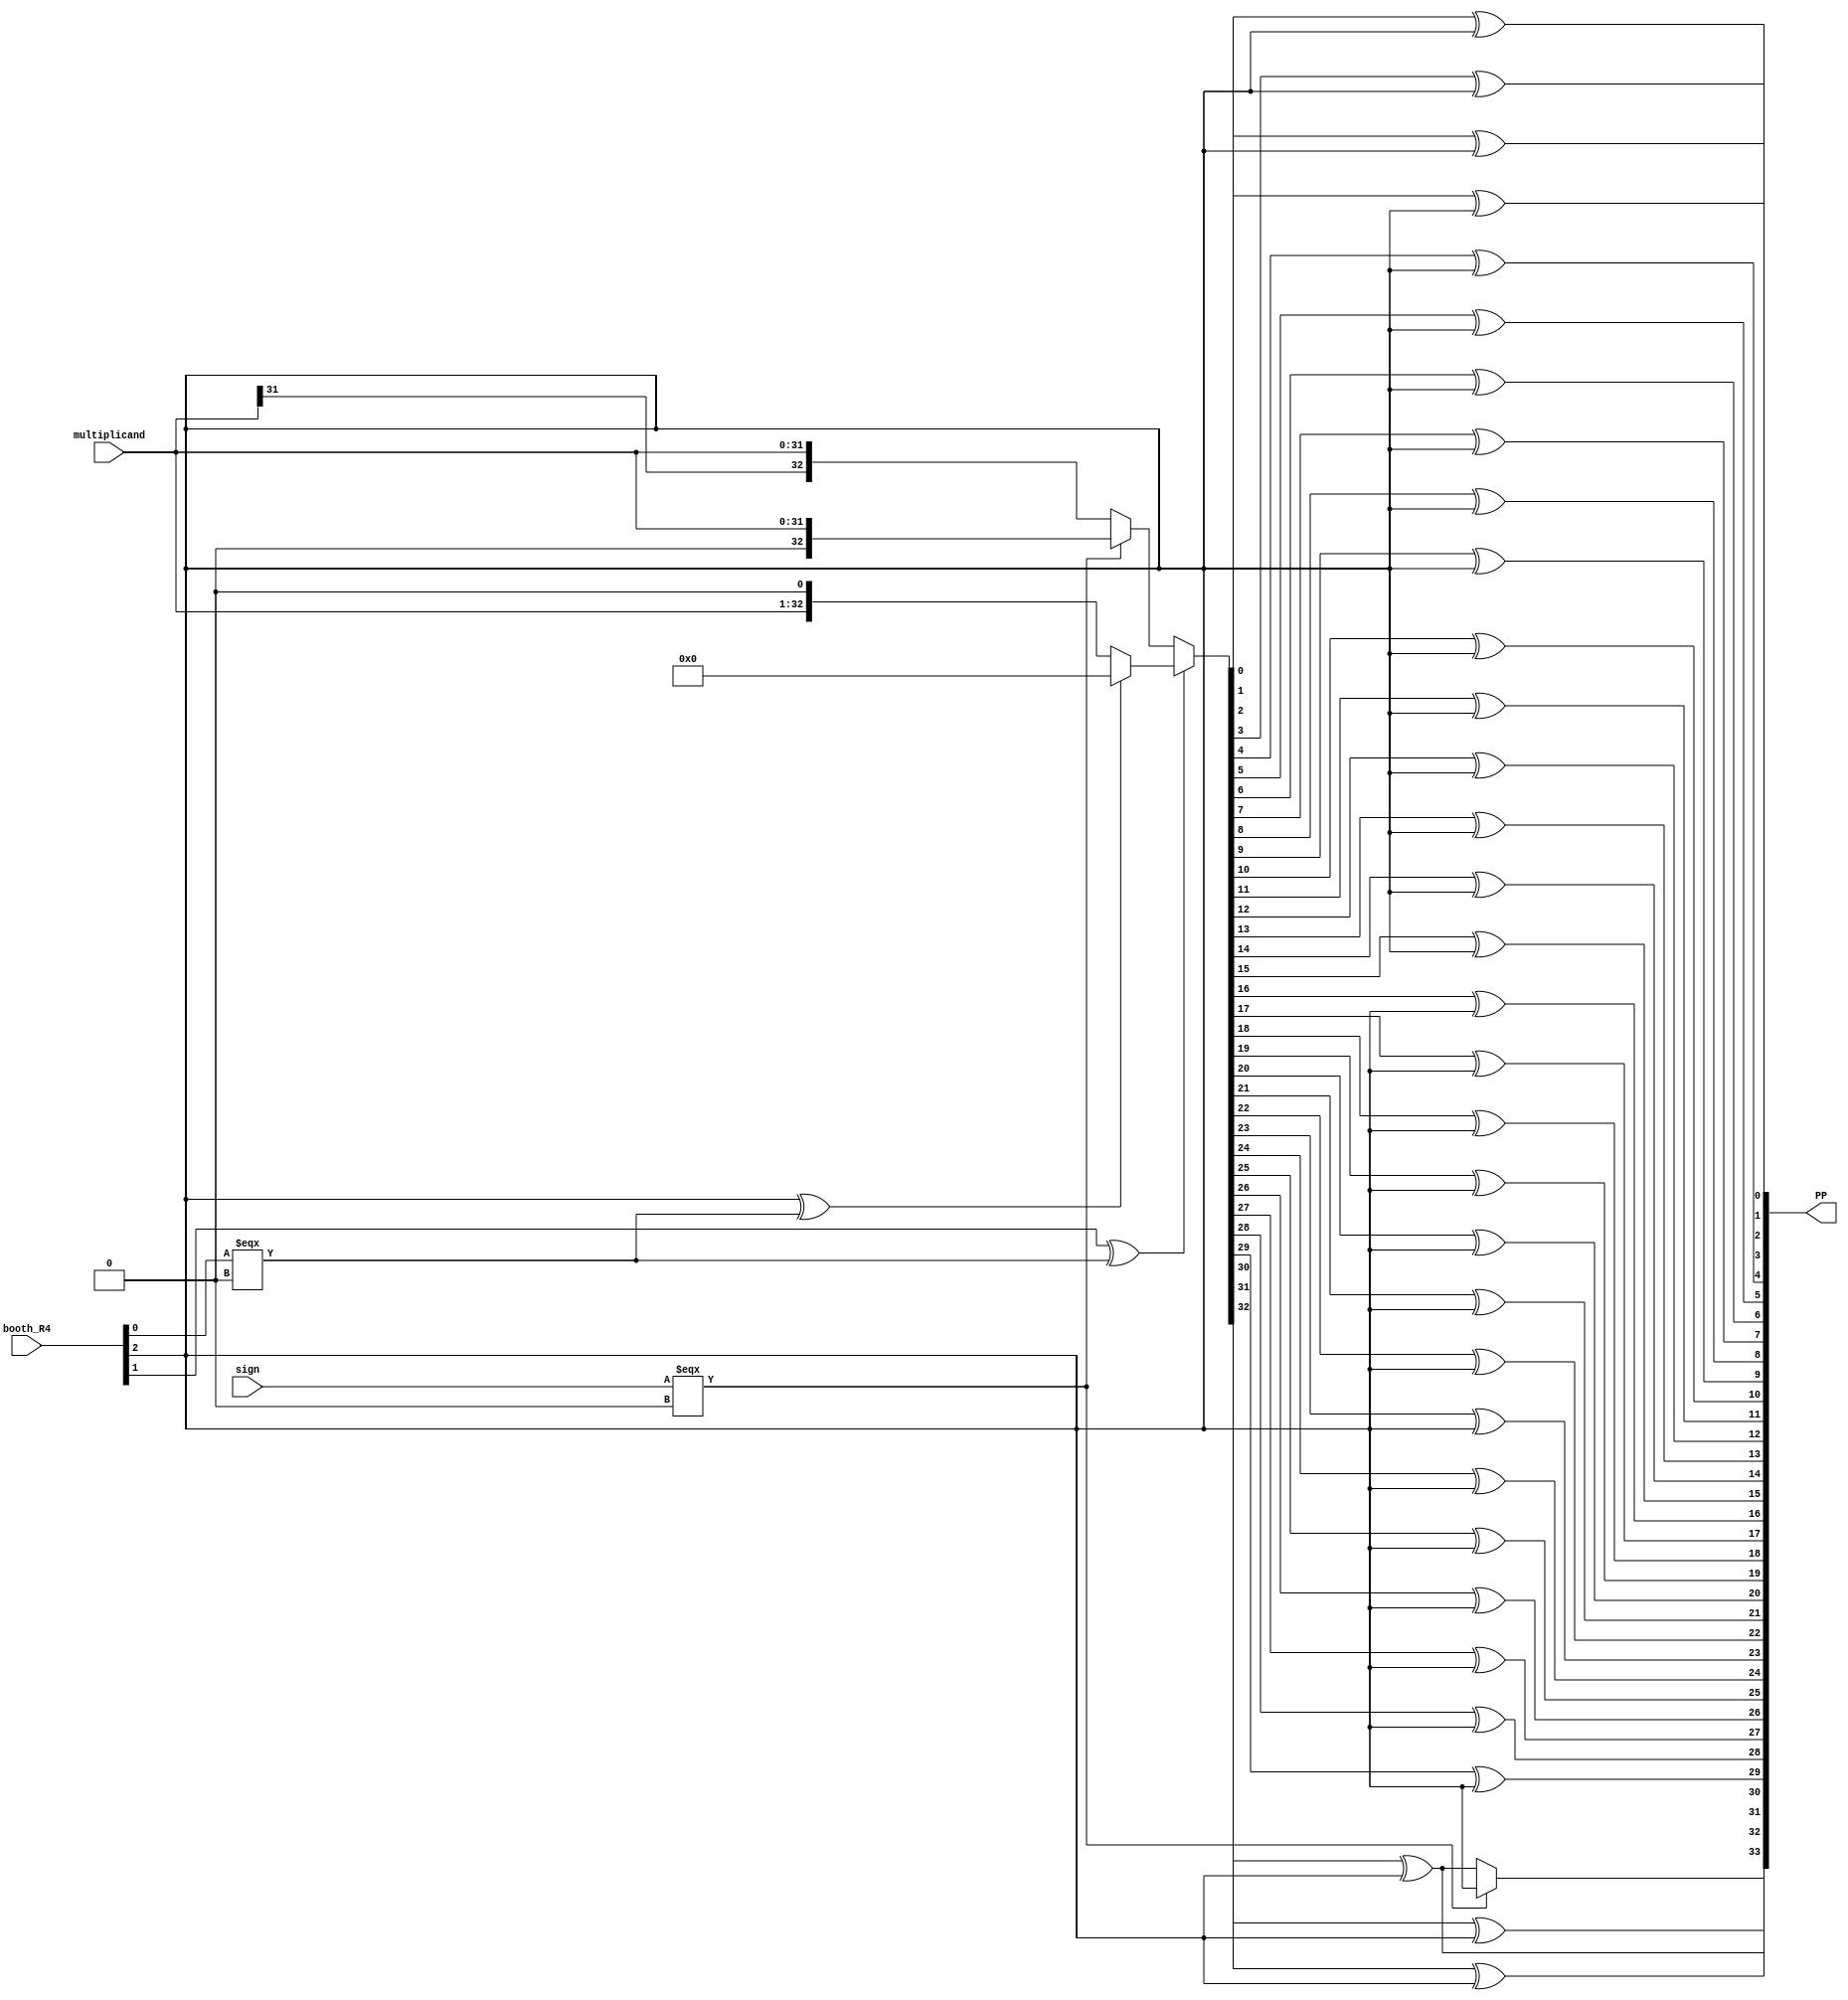
`timescale 1ns / 1ps

module booth_norm (
	input wire [31:0] multiplicand,
	input wire [2:0] booth_R4,
	input wire sign,
	output wire [33:0] PP
);

	wire [32:0] w;

assign w[32:0] = (booth_R4[1]^booth_R4[0] === 0)?
    ((booth_R4[2]^booth_R4[0] === 0)?0:{multiplicand[31:0], 1'b0}):
    ((sign === 0)?{1'b0, multiplicand[31:0]}:{multiplicand[31], multiplicand[31:0]});

genvar i;
generate
    for(i = 0;i <= 32; i = i+1) begin: inverse
        assign PP[i] = w[i]^booth_R4[2];
    end
endgenerate

assign PP[33] = (sign === 0)?booth_R4[2]:PP[32];

endmodule